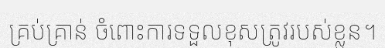
គ្រប់គ្រាន់ ចំពោះការទទួលខុសត្រូវរបស់ខ្លួន។